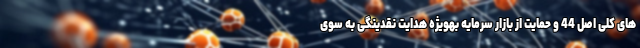
های کلی اصل 44 و حمایت از بازار سرمایه بهویژه هدایت نقدینگی به سوی